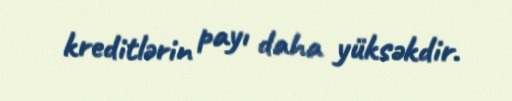
kreditlərin payı daha yüksəkdir.